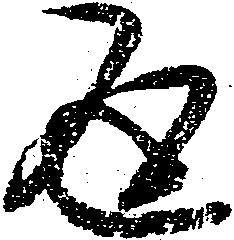
返